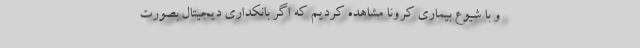
و با شیوع بیماری کرونا مشاهده کردیم که اگر بانکداری دیجیتال بصورت